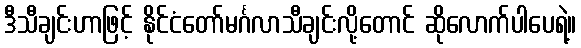
ဒီသီချင်းဟာဖြင့် နိုင်ငံတော်မင်္ဂလာသီချင်းလို့တောင် ဆိုလောက်ပါပေရဲ့။